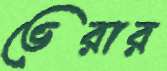
ভেরার